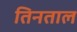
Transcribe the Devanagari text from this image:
तिनताल